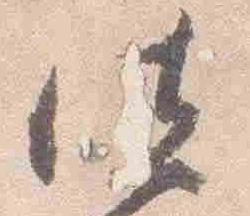
法